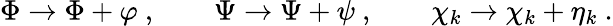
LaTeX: \Phi\to\Phi+\varphi\ ,\qquad\Psi\to\Psi+\psi\ ,\qquad\chi_{k}\to\chi_{k}+\eta_{k}\ .